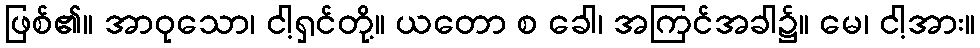
ဖြစ်၏။ အာဝုသော၊ ငါ့ရှင်တို့။ ယတော စ ခေါ၊ အကြင်အခါ၌။ မေ၊ ငါ့အား။